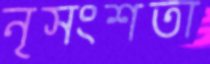
নৃসংশতা